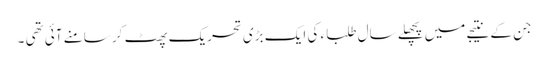
جن کے نتیجے میں پچھلے سال طلبا ء کی ایک بڑی تحریک پھٹ کر سامنے آئی تھی ۔